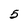
Character: 5